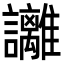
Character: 𧮛